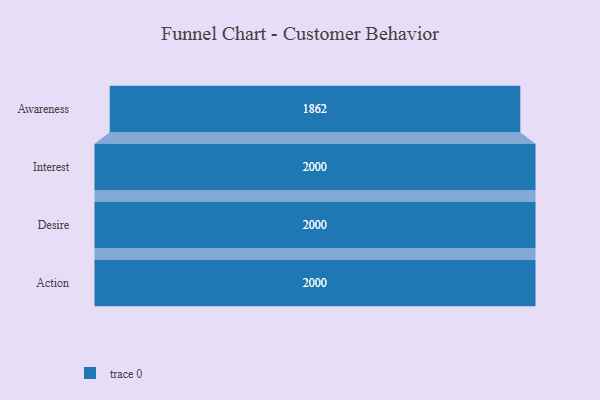
{"axis": {"x": "Stage", "y": "Value"}, "legend": [""], "data": [{"x": "Awareness", "y": 1862.0, "type": ""}, {"x": "Interest", "y": 2000, "type": ""}, {"x": "Desire", "y": 2000, "type": ""}, {"x": "Action", "y": 2000, "type": ""}]}